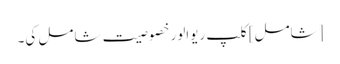
[شامل] کلپ ریوالور خصوصیت شامل کی۔